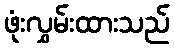
ဖုံးလွှမ်းထားသည်